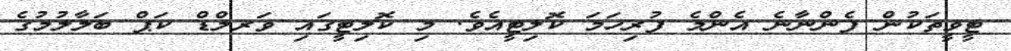
ޓީވީތަކުން ފެންނާނެ އެންމެ ފުރިހަމަ ކޮލިޓީއެވެ. މި ކޮލިޓީގައި ވަރލްޑް ކަޕް ބަލާލުމުގެ